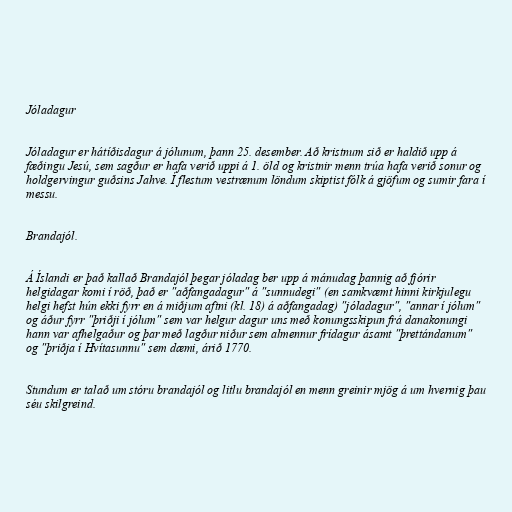
Jóladagur

Jóladagur er hátíðisdagur á jólunum, þann 25. desember. Að kristnum sið er haldið upp á
fæðingu Jesú, sem sagður er hafa verið uppi á 1. öld og kristnir menn trúa hafa verið sonur og
holdgervingur guðsins Jahve. Í flestum vestrænum löndum skiptist fólk á gjöfum og sumir fara í
messu.

Brandajól.

Á Íslandi er það kallað Brandajól þegar jóladag ber upp á mánudag þannig að fjórir
helgidagar komi í röð, það er "aðfangadagur" á "sunnudegi" (en samkvæmt hinni kirkjulegu
helgi hefst hún ekki fyrr en á miðjum aftni (kl. 18) á aðfangadag) "jóladagur", "annar í jólum"
og áður fyrr "þriðji í jólum" sem var helgur dagur uns með konungsskipun frá danakonungi
hann var afhelgaður og þar með lagður niður sem almennur frídagur ásamt "þrettándanum"
og "þriðja í Hvítasunnu" sem dæmi, árið 1770.

Stundum er talað um stóru brandajól og litlu brandajól en menn greinir mjög á um hvernig þau
séu skilgreind.